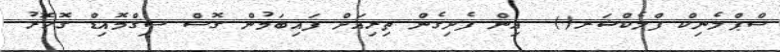
ސްޕްލެނިކް ފްލެކްޝަރ()  އިން ފެށިގެން ތިރިއަށް ފައިބަމުން ގޮސް ސިގްމޮއިޑް ގޮހޮރު